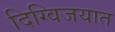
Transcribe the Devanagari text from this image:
दिग्विजयात